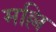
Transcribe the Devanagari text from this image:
मल्लि